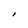
Character: I